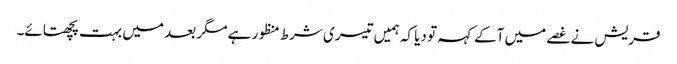
قریش نے غصے میں آکے کہہ تو دیا کہ ہمیں تیسری شرط منظور ہے مگر بعد میں بہت پچھتائے۔